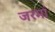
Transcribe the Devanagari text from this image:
जरमां